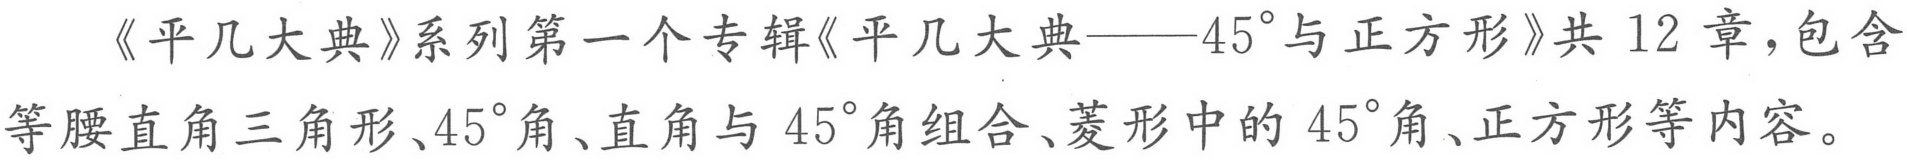
《平几大典》系列第一个专辑《平几大典——\(45^{\circ}\)与正方形》共12章，包含等腰直角三角形、\(45^{\circ}\)角、直角与\(45^{\circ}\)角组合、菱形中的\(45^{\circ}\)角、正方形等内容。